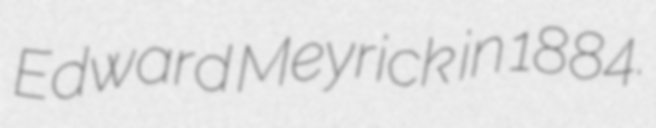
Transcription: Edward Meyrick in 1884.